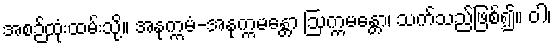
အစဉ်ထုံးထမ်းသို့။ အနုက္ကမံ-အနုက္ကမန္တော ဩက္ကမန္တော၊ သက်သည်ဖြစ်၍။ ဝါ၊